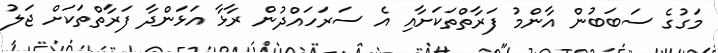
މަގުގެ ސަބަބުން އާންމު ފަރާތްތަކަށާއި އެ ސަރަހައްދުން ރާޅާ އަޅަންދާ ފަރާތްތަކަށް ޖަލު